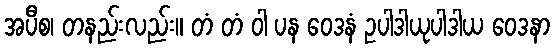
အပီစ၊ တနည်းလည်း။ တံ တံ ဝါ ပန ဝေဒနံ ဥပါဒါယုပါဒါယ ဝေဒနာ